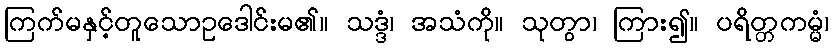
ကြက်မနှင့်တူသောဥဒေါင်းမ၏။ သဒ္ဒံ၊ အသံကို။ သုတွာ၊ ကြား၍။ ပရိတ္တကမ္မံ၊